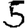
Digit: 5